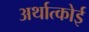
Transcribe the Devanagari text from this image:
अर्थात्कोई